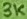
Text: 3K